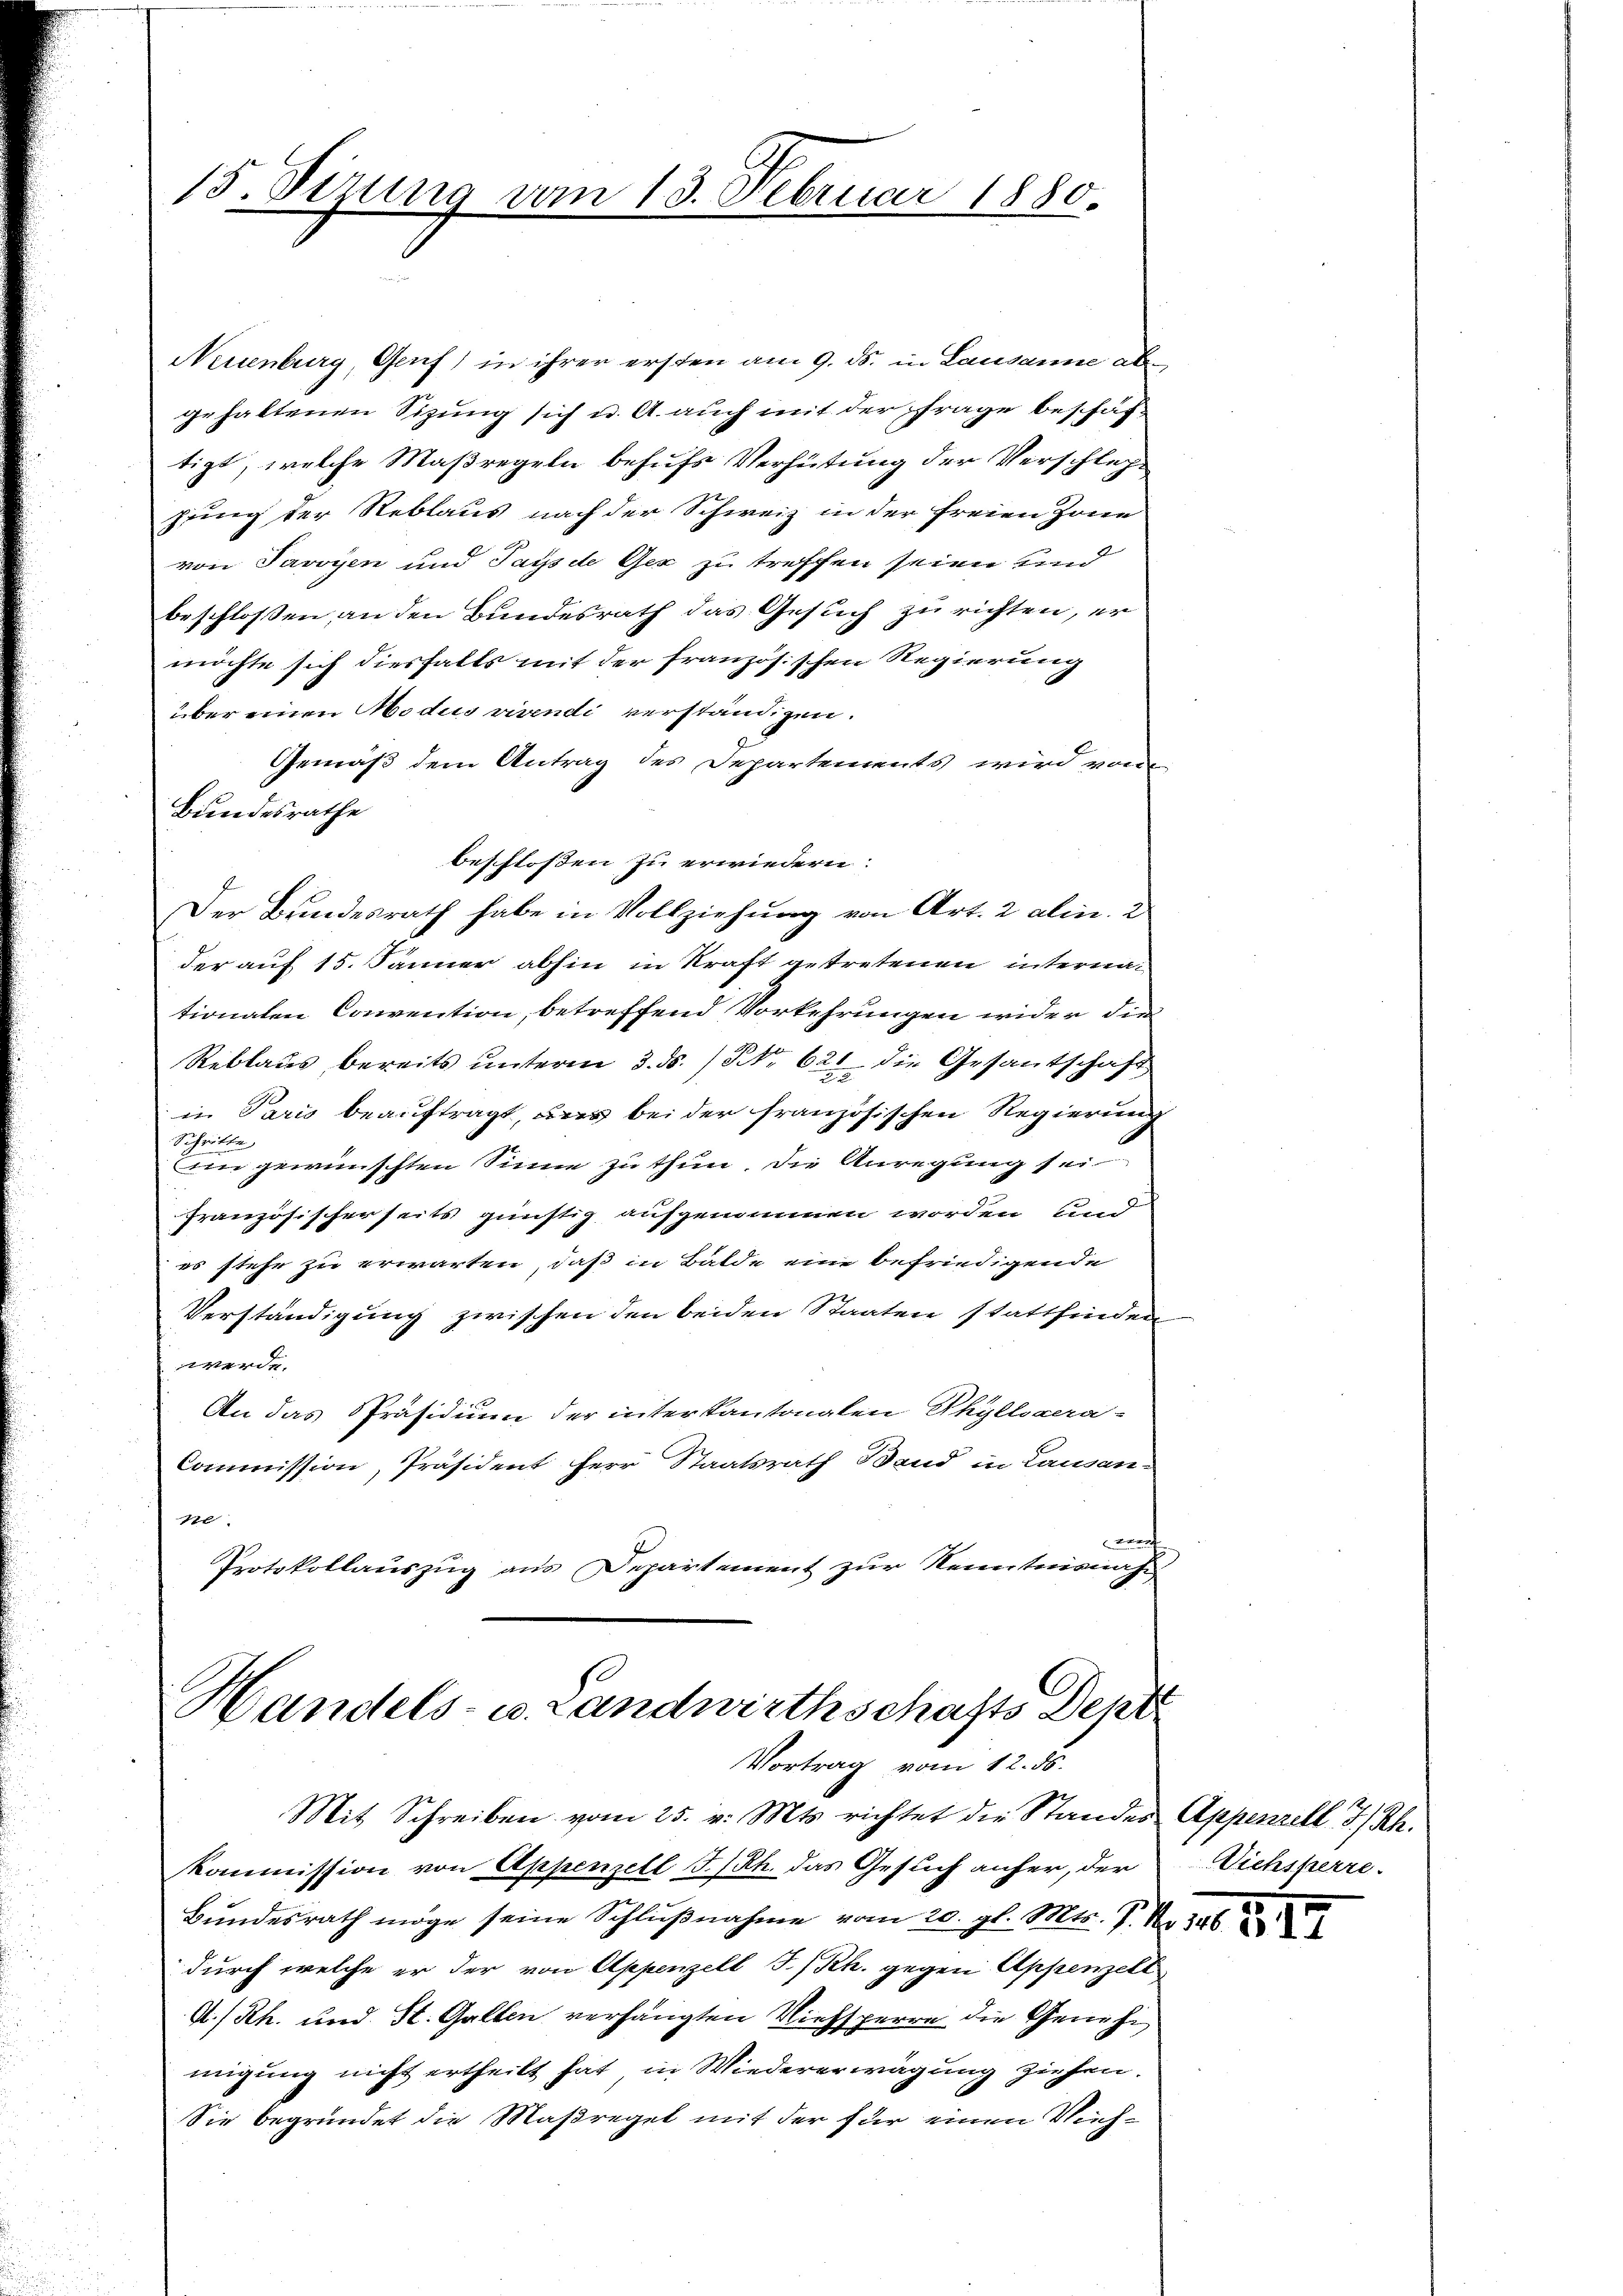
15. Sizung vom 13. Februar 1880.

Neuenburg, Genf) in ihrer ersten am 9. ds. in Lausanne aber
gehaltenen Sizung sich u. A. auch mit der Frage beschäft
tigt, welche Maßregeln behufs Verhütung der Verschlege
hrung der Reblaus nach der Schweiz in der freien Zone
von Javoyen und Pays de Gex zu treffen seien und
beschlossen an den Bundesrath das Gesuch zu richten, er
möchte sich diesfalls mit der französischen Regierung
über einen Modus vivendi verständigen.
Gemäß dem Antrag des Departements wird vom
Bundesrathe
beschlossen zu erwiedern:
Der Bundesrath habe in Vollziehŭng von Art. 2 aliie.
der auf 15. Jänner abhin in Kraft getretenen internah
tionaten Convention, betreffend Vorkehrungen wider die
Reblaus bereits unterm 3. ds. / NNo. 621 die Gesantschaft
in Paris beauftragt, das bei der französischen Regierung
Schritte
An gewünschten Sinne zu thun, die Anregung sei
französischerseits günstig aufgenommen worden und
es stehe zu erwarten, daß in Bälde eine befriedigende
Verständigung zwischen den beiden Staaten stattfinden
werde.
An das Präsidium der interkantonalen Phyllsgera-
Commission, Präsident Herr Staatsrath Band in Lausan-
e
t
Protokollauszug aus Departement zur Kenntnisnahe

Mit Schreiben vom 25. v. Mts. richtet die Standes Appenzell I/Rh.
Kommission von Appenzell I/Rh. das Gesuch anfer, der
Bundesrath möge seine Schlŭβnahme vom 20. gl. Mts. P. Nr. 346
durch welche er der von Appenzell I/Rh. gegen Appenzell
A/Rh. und St. Gallen verhängten Viehsperre die Genehi
migung nicht ertheilt hat in Wiedererwägung ziehen.
Sie begründet die Maßregel mit der für einen Vieh¬

Handels- u. Landwirthschafts Dept
Vortrag vom 12. ds.

Diehsperre.